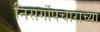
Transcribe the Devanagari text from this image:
निसर्गोपचाराच्या